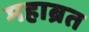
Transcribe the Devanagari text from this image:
महाब्रत